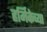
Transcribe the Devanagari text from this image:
हर्मिकेच्या